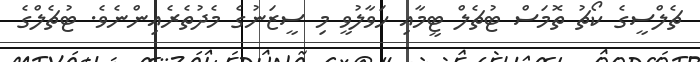
ޗެލްސީގެ ކޯޗު ތޮމަސް ޓުޗެލް ޓީމާއި ހަވާލުވީ މި ސީޒަނުގެ މެދުތެރެއިންނެވެ. ޓުޗެލްގެ